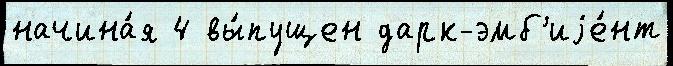
начина́я 4 вы́пущен дарк-эмб'иjе́нт